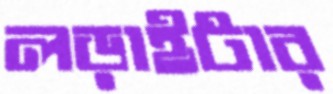
লড়াইটার